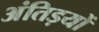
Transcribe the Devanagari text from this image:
अंतिड़यों